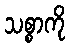
သစ္စာကို